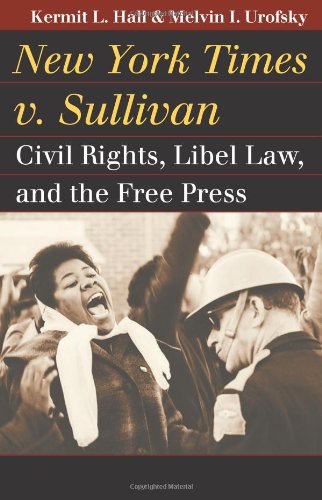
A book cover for New York Times v. Sullivan: Civil Rights, Libel Law, and the Free Press (Landmark Law Cases and American Society); Kermit L. Hall; Law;